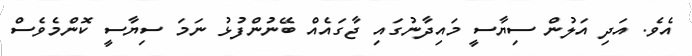
އެވެ. އަދި އަލުން ސިޔާސީ މައިދާނުގައި ޖާގައެއް ބޭނުންފުޅު ނަމަ ސިޔާސީ ކޮންމެވެސް